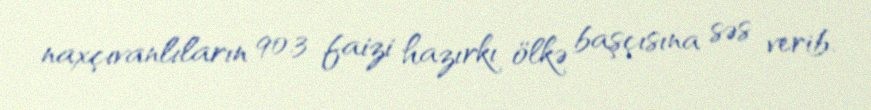
naxçıvanlıların 90.3 faizi hazırkı ölkə başçısına səs verib.